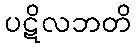
ပဋိလဘတိ